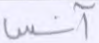
آنس